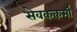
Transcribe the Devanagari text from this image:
सेवककर्मी